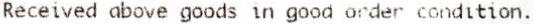
RECEIVED ABOVE GOODS IN GOOD ORDER CONDITION.